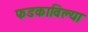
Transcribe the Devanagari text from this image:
फडकाविल्या